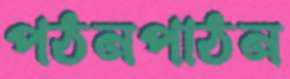
পঠনপাঠন